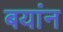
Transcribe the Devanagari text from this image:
बयांन